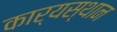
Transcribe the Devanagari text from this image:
कार्यस्‍थान